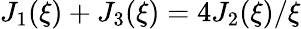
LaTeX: J_{1}(\xi)+J_{3}(\xi)=4J_{2}(\xi)/\xi